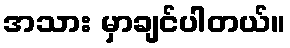
အသား မှာချင်ပါတယ်။